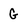
Character: G